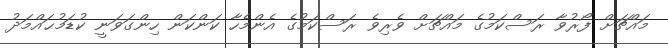
މައްޗަށް ފޯރުވާ ރަސްކަމުގެ މައްޗަށް ވެރިވެ ރަސްކަމުގެ އެންމެހާ ކަންކަން ހިންގަވަނީ ކުޑަމުޙައްމަދު